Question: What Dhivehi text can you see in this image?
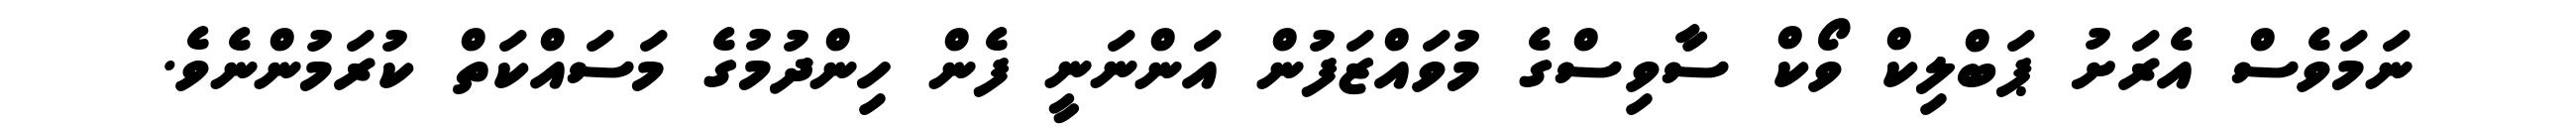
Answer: ނަމަވެސް އެރަށު ޕަބްލިކް ވޯކް ސާވިސްގެ މުވައްޒަފުން އަންނަނީ ފެން ހިންދުމުގެ މަސައްކަތް ކުރަމުންނެވެ.